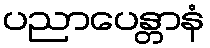
ပညာပေန္တာနံ